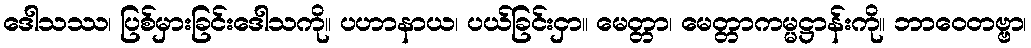
ဒေါသဿ၊ ပြစ်မှားခြင်းဒေါသကို။ ပဟာနာယ၊ ပယ်ခြင်းငှာ။ မေတ္တာ၊ မေတ္တာကမ္မဋ္ဌာန်းကို။ ဘာဝေတဗ္ဗာ၊